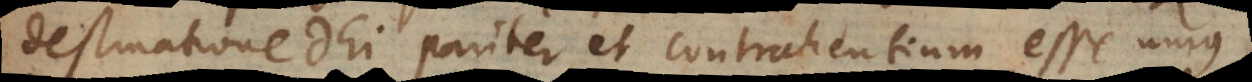
destinatione Dei pariter et contrahentium esse unius